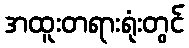
အထူးတရားရုံးတွင်